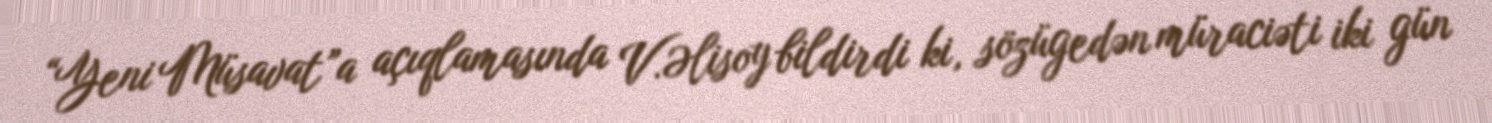
“Yeni Müsavat”a açıqlamasında V.Əlisoy bildirdi ki, sözügedən müraciəti iki gün